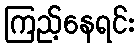
ကြည့်နေရင်း